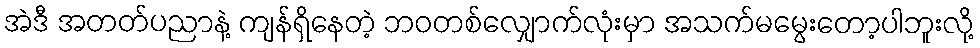
အဲဒီ အတတ်ပညာနဲ့ ကျန်ရှိနေတဲ့ ဘဝတစ်လျှောက်လုံးမှာ အသက်မမွေးတော့ပါဘူးလို့